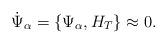
LaTeX: \begin{align*}\dot{\Psi}_{\alpha}=\{\Psi_{\alpha},H_{T}\}\approx0.\end{align*}